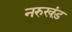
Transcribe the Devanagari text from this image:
नरुखंड़